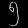
Digit: ၅